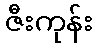
ဇီးကုန်း